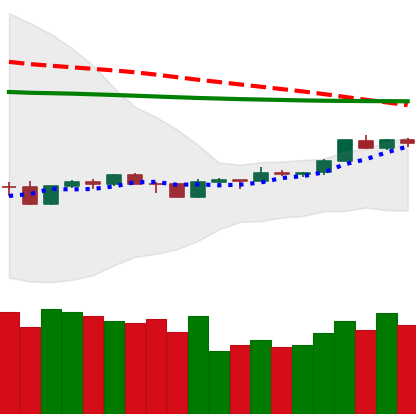
Ticker: TRX-USD
Chart end date: 2020-04-09
Forward return: -8.099%
Label: down_7plus